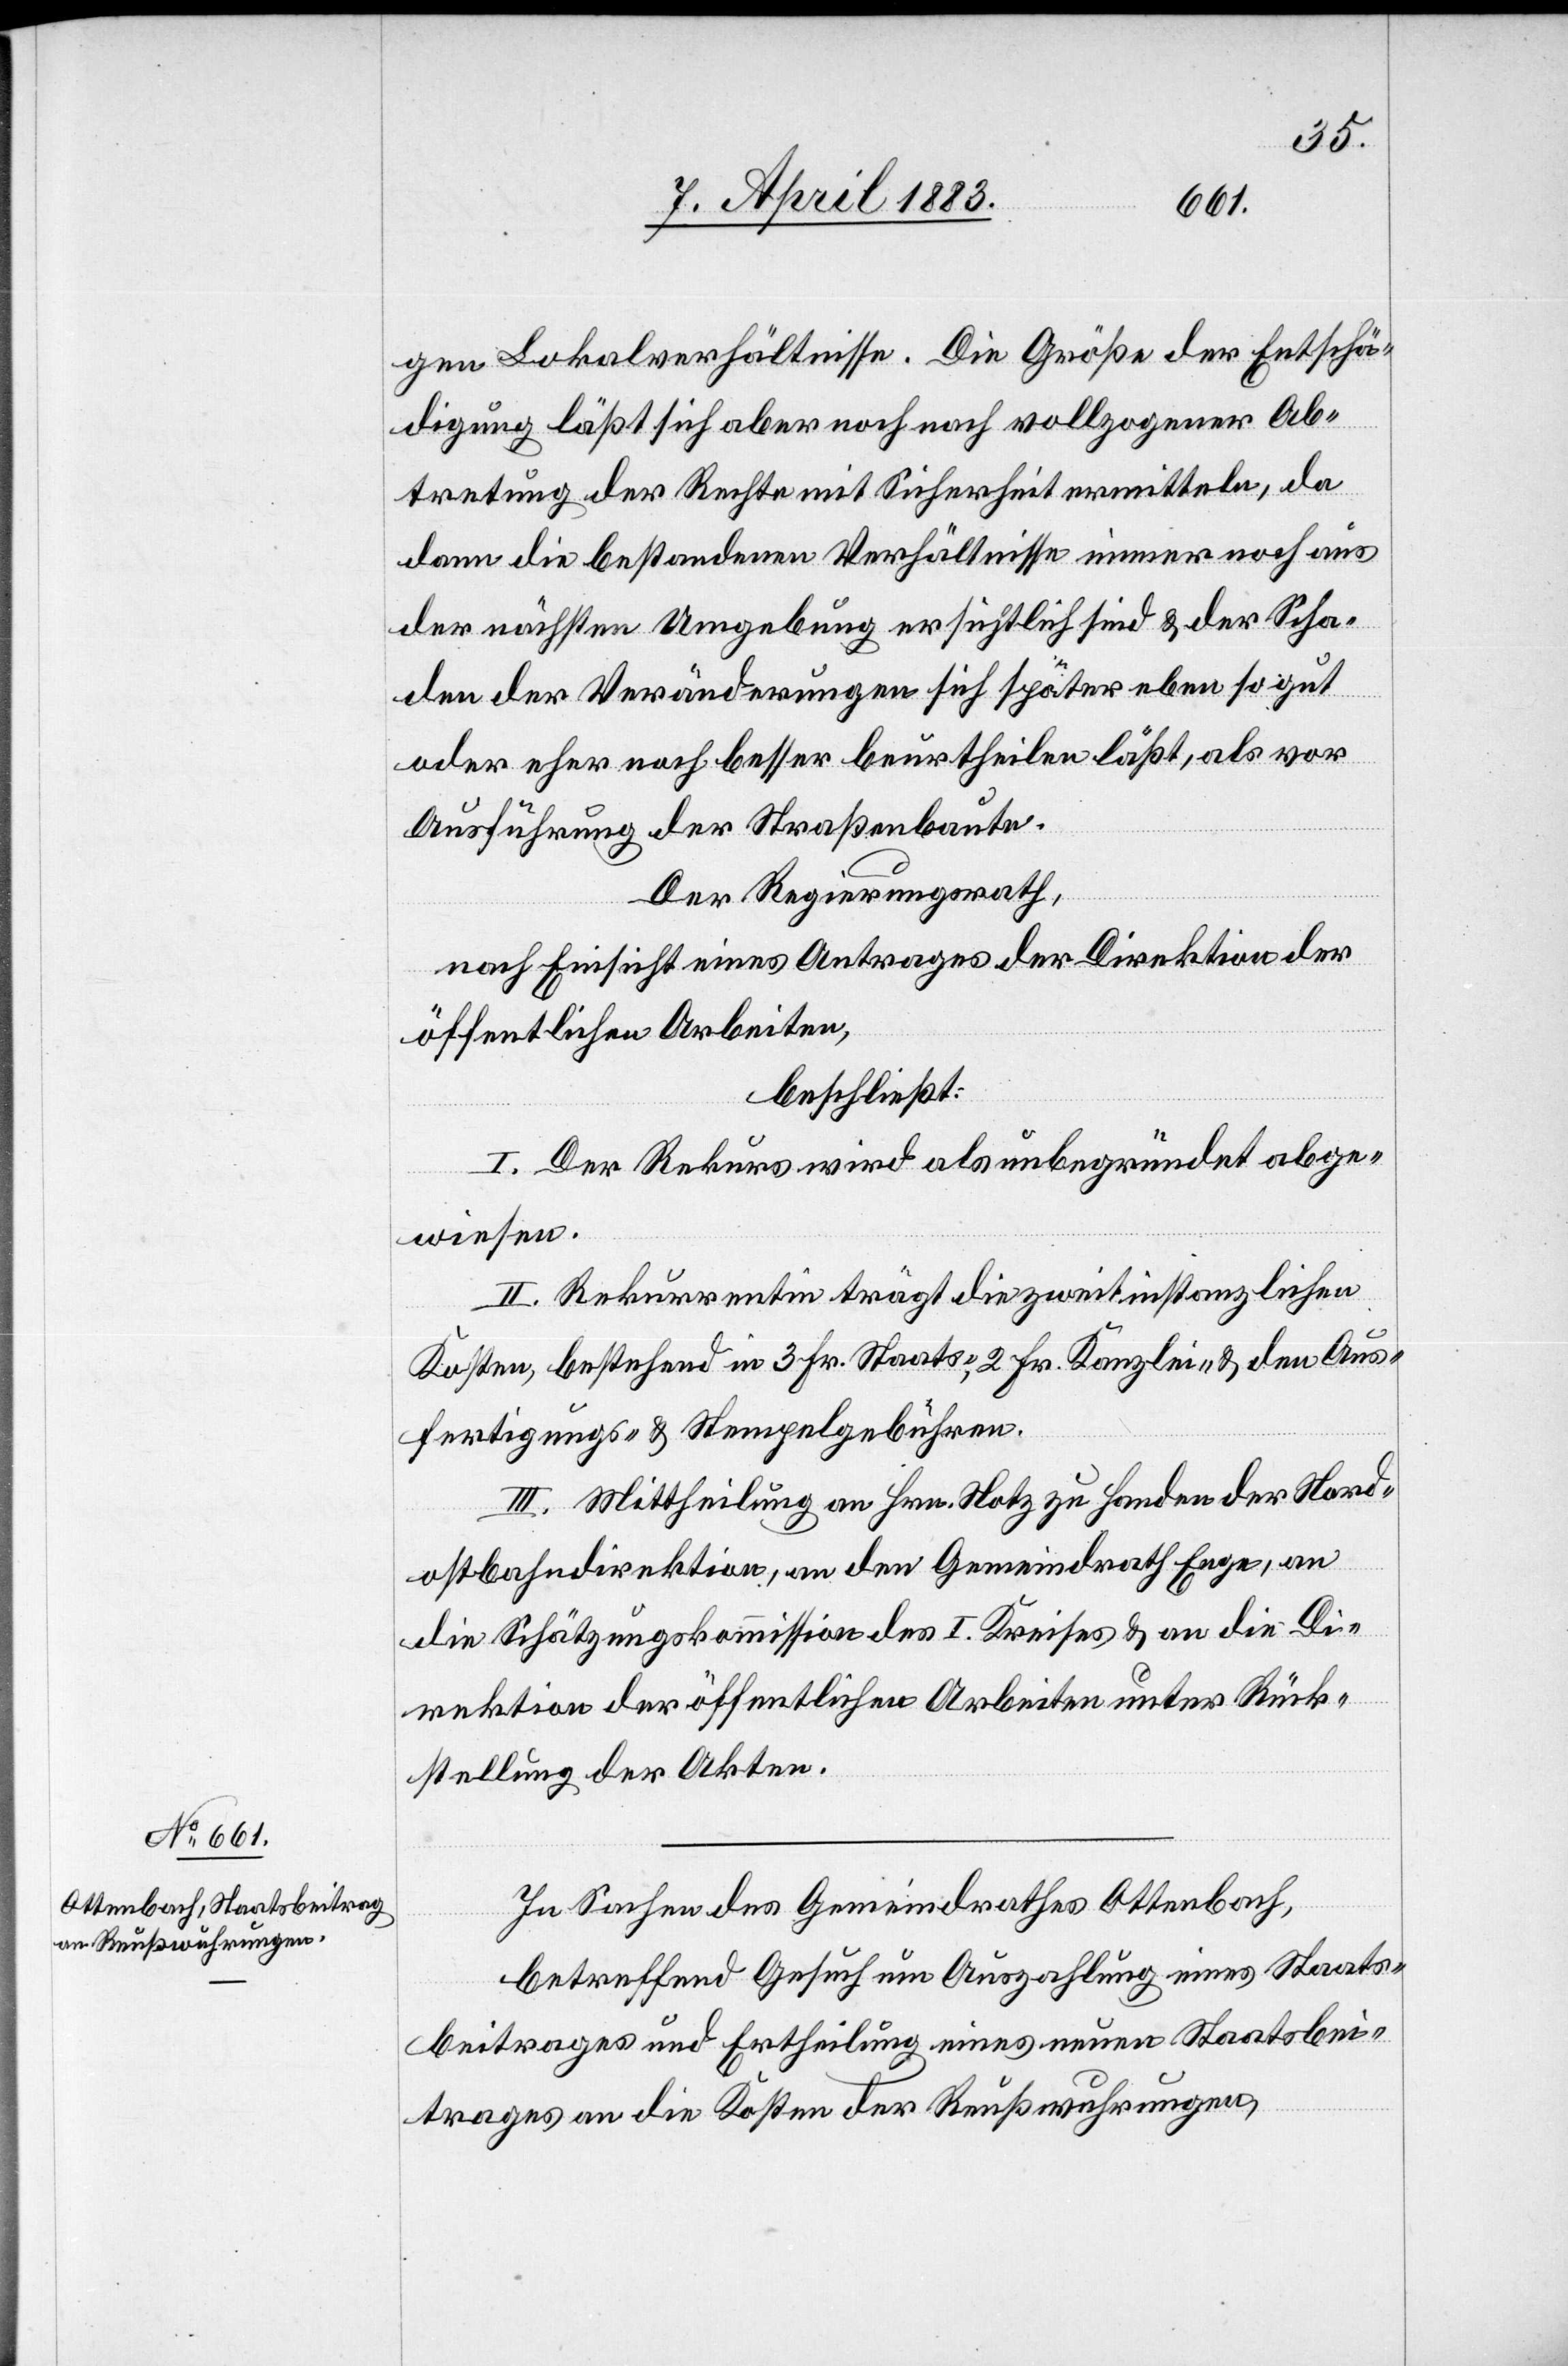
gen Lokalverhältnisse. Die Größe der Entschä¬
digung läßt sich aber noch nach vollzogener Ab¬
tretung der Rechte mit Sicherheit ermitteln, da
dann die bestandenen Verhältnisse immer noch aus
der nächsten Umgebung ersichtlich sind & der Scha¬
den der Veränderungen sich später eben so gut
oder eher noch besser beurtheilen läßt, als vor
Ausführung der Straßenbaute.
Der Regierungsrath,
nach Einsicht eines Antrages der Direktion der
öffentlichen Arbeiten,
beschließt:
I. Der Rekurs wird als unbegründet abge¬
wiesen.
II. Rekurrentin trägt die zweitinstanzlichen
Kosten, bestehend in 3 Fr. Staats-, 2 Fr. Kanzlei- & den Aus¬
fertigungs- und Stempelgebühren.
III. Mittheilung an Hrn. Notz zu Handen der Nord¬
ostbahndirektion, an den Gemeindrath Enge, an
die Schätzungskommission des I. Kreises & an die Di¬
rektion der öffentlichen Arbeiten unter Rück¬
stellung der Akten.
In Sachen des Gemeindrathes Ottenbach,
betreffend Gesuch um Auszahlung eines Staats¬
beitrages und Ertheilung eines neuen Staatsbei¬
trages an die Kosten der Reußwuhrungen,